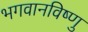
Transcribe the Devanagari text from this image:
भगवानविष्णु